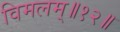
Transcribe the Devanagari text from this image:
विमलम्॥१२॥